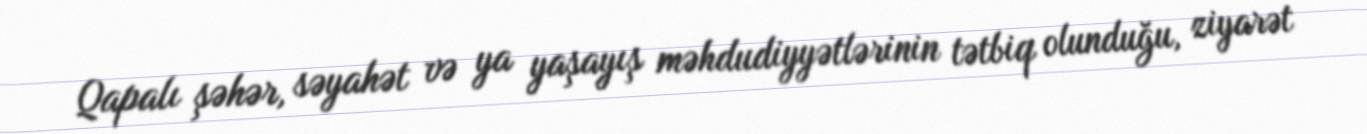
Qapalı şəhər, səyahət və ya yaşayış məhdudiyyətlərinin tətbiq olunduğu, ziyarət